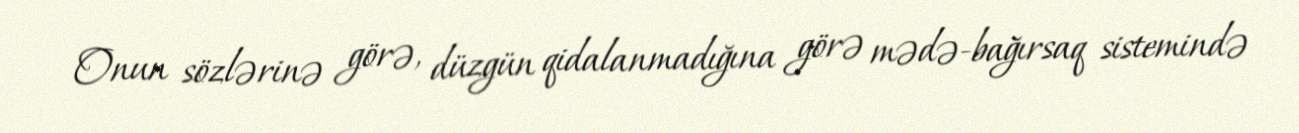
Onun sözlərinə görə, düzgün qidalanmadığına görə mədə-bağırsaq sistemində